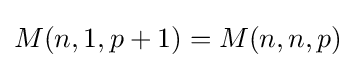
M(n,1,p+1)=M(n,n,p)